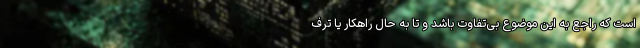
است که راجع به این موضوع بی‌تفاوت باشد و تا به‌ حال راهکار یا ترف